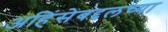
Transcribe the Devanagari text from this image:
अहिंसेबद्दलच्या